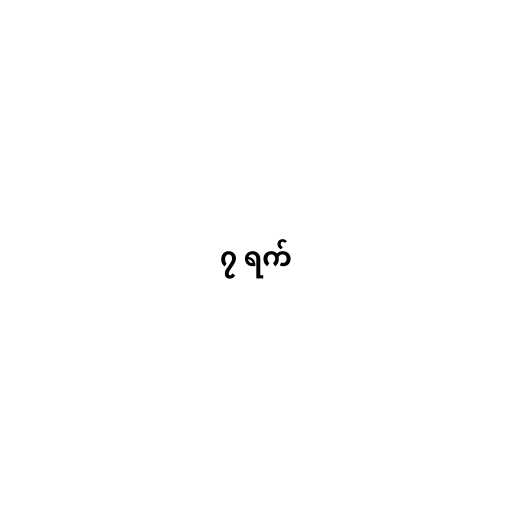
၇ ရက်